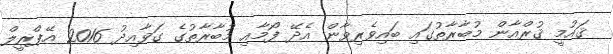
ޤައުމީ ޤުރްއާން މުބާރާތުގައި ބައިވެރިވާން އެދޭ ފޯމާއި މުބާރާތުގެ ގަވާއިދު 2016 އޭޕްރީލް